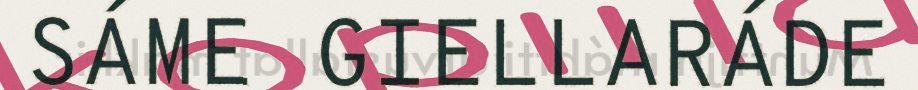
SÁME GIELLARÁDE